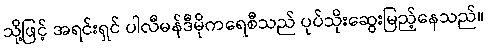
သို့ဖြင့် အရင်းရှင် ပါလီမန်ဒီမိုကရေစီသည် ပုပ်သိုးဆွေးမြည့်နေသည်။